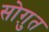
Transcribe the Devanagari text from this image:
सोग़ुत